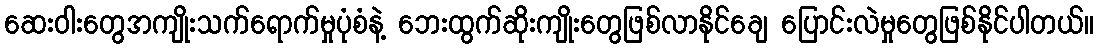
ဆေးဝါးတွေအကျိုးသက်ရောက်မှုပုံစံနဲ့ ဘေးထွက်ဆိုးကျိုးတွေဖြစ်လာနိုင်ချေ ပြောင်းလဲမှုတွေဖြစ်နိုင်ပါတယ်။